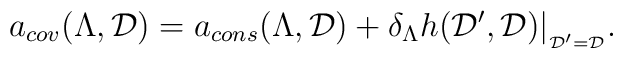
a_{cov}(\Lambda,{\cal D}) = a_{cons}(\Lambda,{\cal D})+ \delta_\Lambda h({\cal D}',{\cal D})|_{_{{\cal D}' = {\cal D}}} .